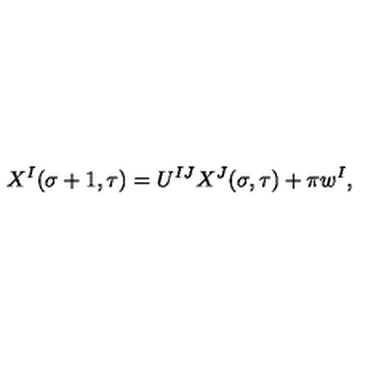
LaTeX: X ^ { I } ( \sigma + 1 , \tau ) = U ^ { I J } X ^ { J } ( \sigma , \tau ) + \pi w ^ { I } ,